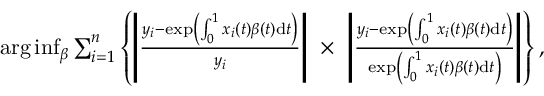
\begin{array} { r } { \arg \operatorname* { i n f } _ { \beta } \sum _ { i = 1 } ^ { n } \left\{ \left\lvert \frac { y _ { i } - \exp \left( \int _ { 0 } ^ { 1 } x _ { i } ( t ) \beta ( t ) \mathrm { d } t \right) } { y _ { i } } \right\rvert \ \times \ \left\lvert \frac { y _ { i } - \exp \left( \int _ { 0 } ^ { 1 } x _ { i } ( t ) \beta ( t ) \mathrm { d } t \right) } { \exp \left( \int _ { 0 } ^ { 1 } x _ { i } ( t ) \beta ( t ) \mathrm { d } t \right) } \right\vert \right\} , } \end{array}